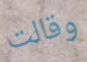
وقالت